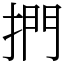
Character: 捫